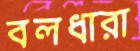
বলধারা